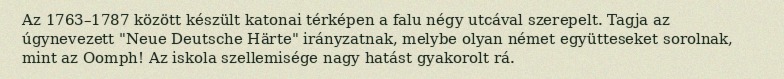
Az 1763–1787 között készült katonai térképen a falu négy utcával szerepelt. Tagja az úgynevezett "Neue Deutsche Härte" irányzatnak, melybe olyan német együtteseket sorolnak, mint az Oomph! Az iskola szellemisége nagy hatást gyakorolt rá.